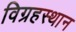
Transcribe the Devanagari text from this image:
विग्रहस्थान